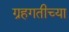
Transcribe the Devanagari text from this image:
ग्रहगतीच्या